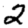
Digit: 2